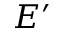
E ^ { \prime }